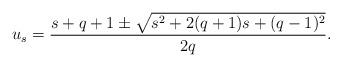
LaTeX: \begin{align*} u_s=\frac{s+q+1\pm\sqrt{s^2+2(q+1)s+(q-1)^2}}{2q}.\end{align*}